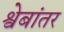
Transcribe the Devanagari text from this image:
श्वेबांतर